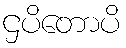
ဌပိတောပိ